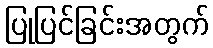
ပြုပြင်ခြင်းအတွက်